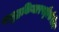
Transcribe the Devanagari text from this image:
समुद्रकिनारपट्टीखेरीज